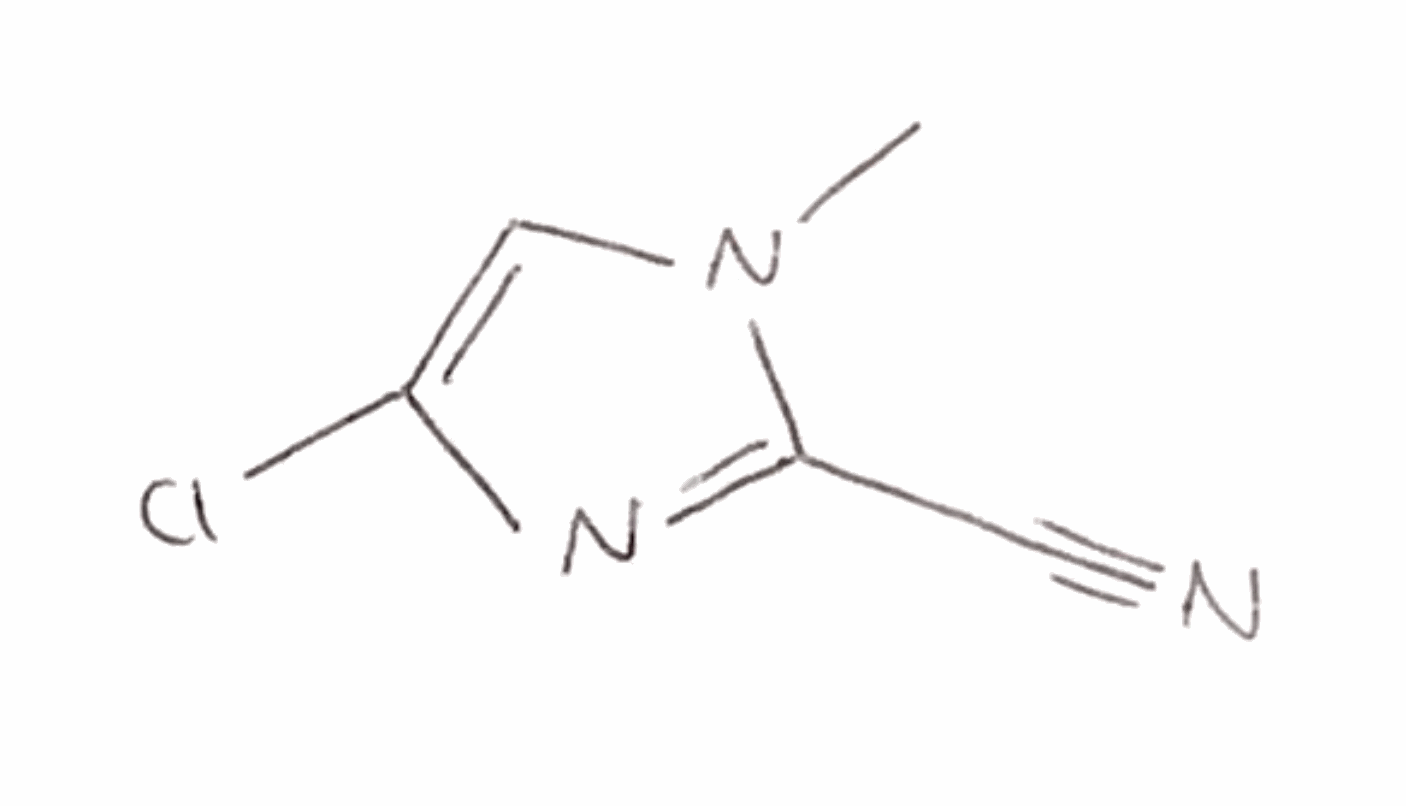
Simplified molecular-input line-entry system (SMILES) notation of the given molecule:
CN1C=C(N=C1C#N)Cl